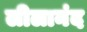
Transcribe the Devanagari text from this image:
लीलानंद